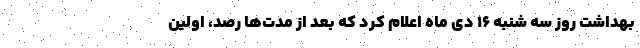
بهداشت روز سه شنبه ۱۶ دی ماه اعلام کرد که بعد از مدت‌ها رصد، اولین